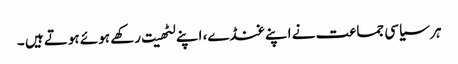
ہر سیاسی جماعت نے اپنے غنڈے، اپنے لٹھیت رکھے ہوئے ہوتے ہیں ۔